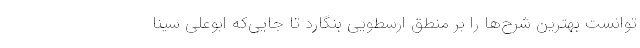
توانست بهترین شرح‌ها را بر منطق ارسطویی بنگارد تا جایی‌که ابوعلی سینا